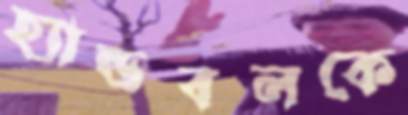
হ্যান্ডবলকে